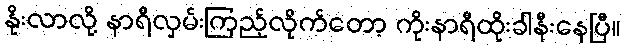
နိုးလာလို့ နာရီလှမ်းကြည့်လိုက်တော့ ကိုးနာရီထိုးခါနီးနေပြီ။